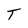
Character: T